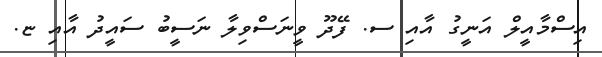
އިސްމާއީލް އަނީގު އާއި ސ. ފޭދޫ ވީނަސްވިލާ ނަސީބު ސައީދު އާއި ޏ.